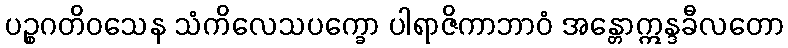
ပဉ္စဂတိဝသေန သံကိလေသပက္ခော ပါရာဇိကာဘာဝံ အန္တောဣန္ဒခီလတော